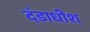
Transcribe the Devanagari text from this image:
दंडाधीश